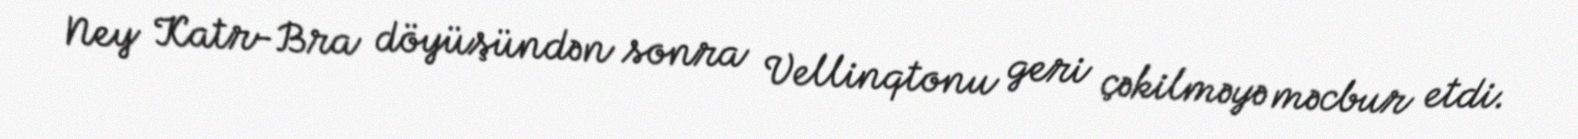
Ney Katr-Bra döyüşündən sonra Vellinqtonu geri çəkilməyə məcbur etdi.